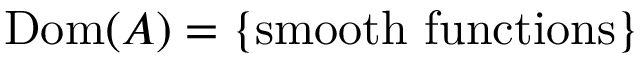
\operatorname { D o m } ( A ) = \left\{ { \mathrm { s m o o t h ~ f u n c t i o n s } } \right\}